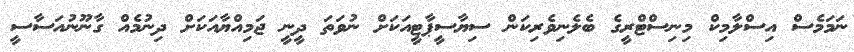
ނަމަމެސް އިސްލާމިކް މިނިސްޓްރީގެ ބެލެނިވެރިކަން ސިޔާސީޕާޓީއަކަށް ނުވަތަ ދީނީ ޖަމިއްޔާއަކަށް ދިނުމެއް ގާނޫނުއަސާސީ